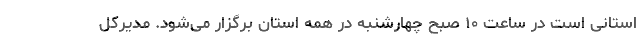
استانی است در ساعت ۱۰ صبح چهارشنبه در همه استان برگزار می‌شود. مدیرکل